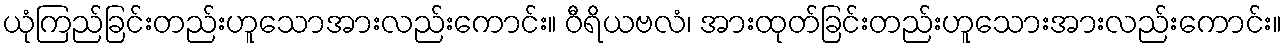
ယုံကြည်ခြင်းတည်းဟူသောအားလည်းကောင်း။ ဝီရိယဗလံ၊ အားထုတ်ခြင်းတည်းဟူသေားအားလည်းကောင်း။